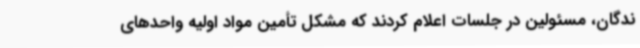
ندگان، مسئولین در جلسات اعلام کردند که مشکل تأمین مواد اولیه واحدهای